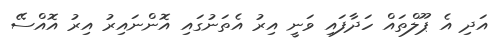
އަދި އެ ޕޫލްތައް ހަދާފައި ވަނީ އިރު އެތަނުގައި އޮންނައިރު އިރު އޮއްސޭ